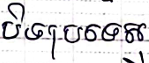
បិទប្រទេស